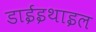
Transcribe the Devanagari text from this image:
डाईइथाइल